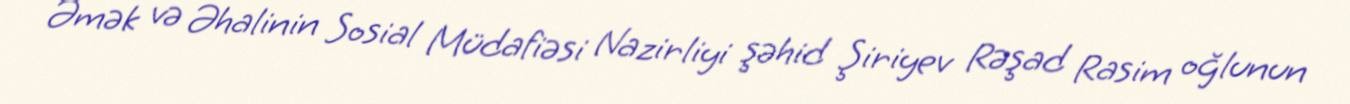
Əmək və Əhalinin Sosial Müdafiəsi Nazirliyi şəhid Şiriyev Rəşad Rasim oğlunun